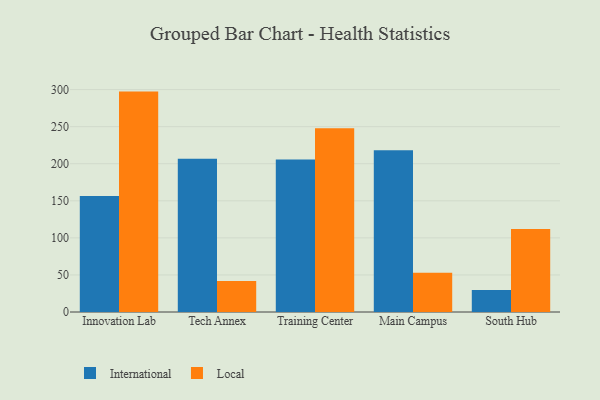
{"axis": {"x": "Campus", "y": "Operating Costs (USD K)"}, "legend": ["International", "Local"], "data": [{"x": "Innovation Lab", "y": 156.4, "type": "International"}, {"x": "Innovation Lab", "y": 297.3, "type": "Local"}, {"x": "Tech Annex", "y": 206.6, "type": "International"}, {"x": "Tech Annex", "y": 41.7, "type": "Local"}, {"x": "Training Center", "y": 205.6, "type": "International"}, {"x": "Training Center", "y": 248.0, "type": "Local"}, {"x": "Main Campus", "y": 218.1, "type": "International"}, {"x": "Main Campus", "y": 52.9, "type": "Local"}, {"x": "South Hub", "y": 29.6, "type": "International"}, {"x": "South Hub", "y": 111.8, "type": "Local"}]}